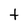
Character: t